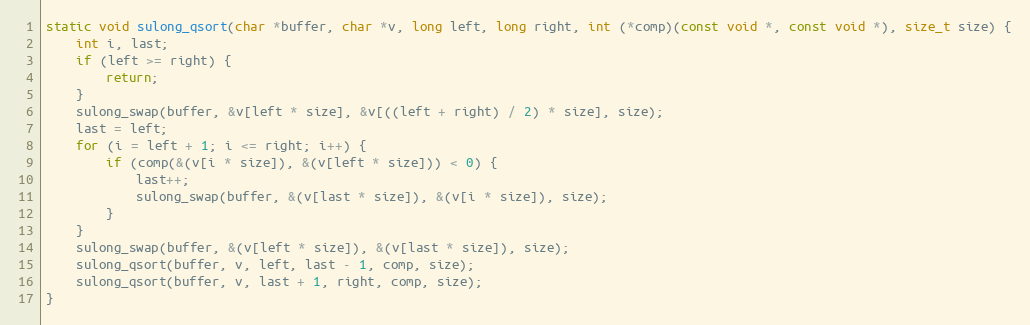
Language: C
static void sulong_qsort(char *buffer, char *v, long left, long right, int (*comp)(const void *, const void *), size_t size) {
    int i, last;
    if (left >= right) {
        return;
    }
    sulong_swap(buffer, &v[left * size], &v[((left + right) / 2) * size], size);
    last = left;
    for (i = left + 1; i <= right; i++) {
        if (comp(&(v[i * size]), &(v[left * size])) < 0) {
            last++;
            sulong_swap(buffer, &(v[last * size]), &(v[i * size]), size);
        }
    }
    sulong_swap(buffer, &(v[left * size]), &(v[last * size]), size);
    sulong_qsort(buffer, v, left, last - 1, comp, size);
    sulong_qsort(buffer, v, last + 1, right, comp, size);
}